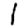
Digit: 1